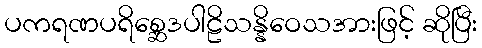
ပကရဏပရိစ္ဆေဒပါဠိသန္နိဝေသအားဖြင့် ဆိုပြီး